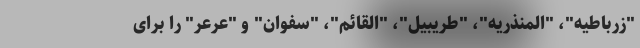
"زرباطیه"، "المنذریه"، "طریبیل"، "القائم"، "سفوان" و "عرعر" را برای